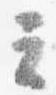
云